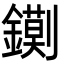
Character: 𮣔